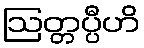
ဩတ္တပ္ပီဟိ